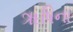
ૠષિના